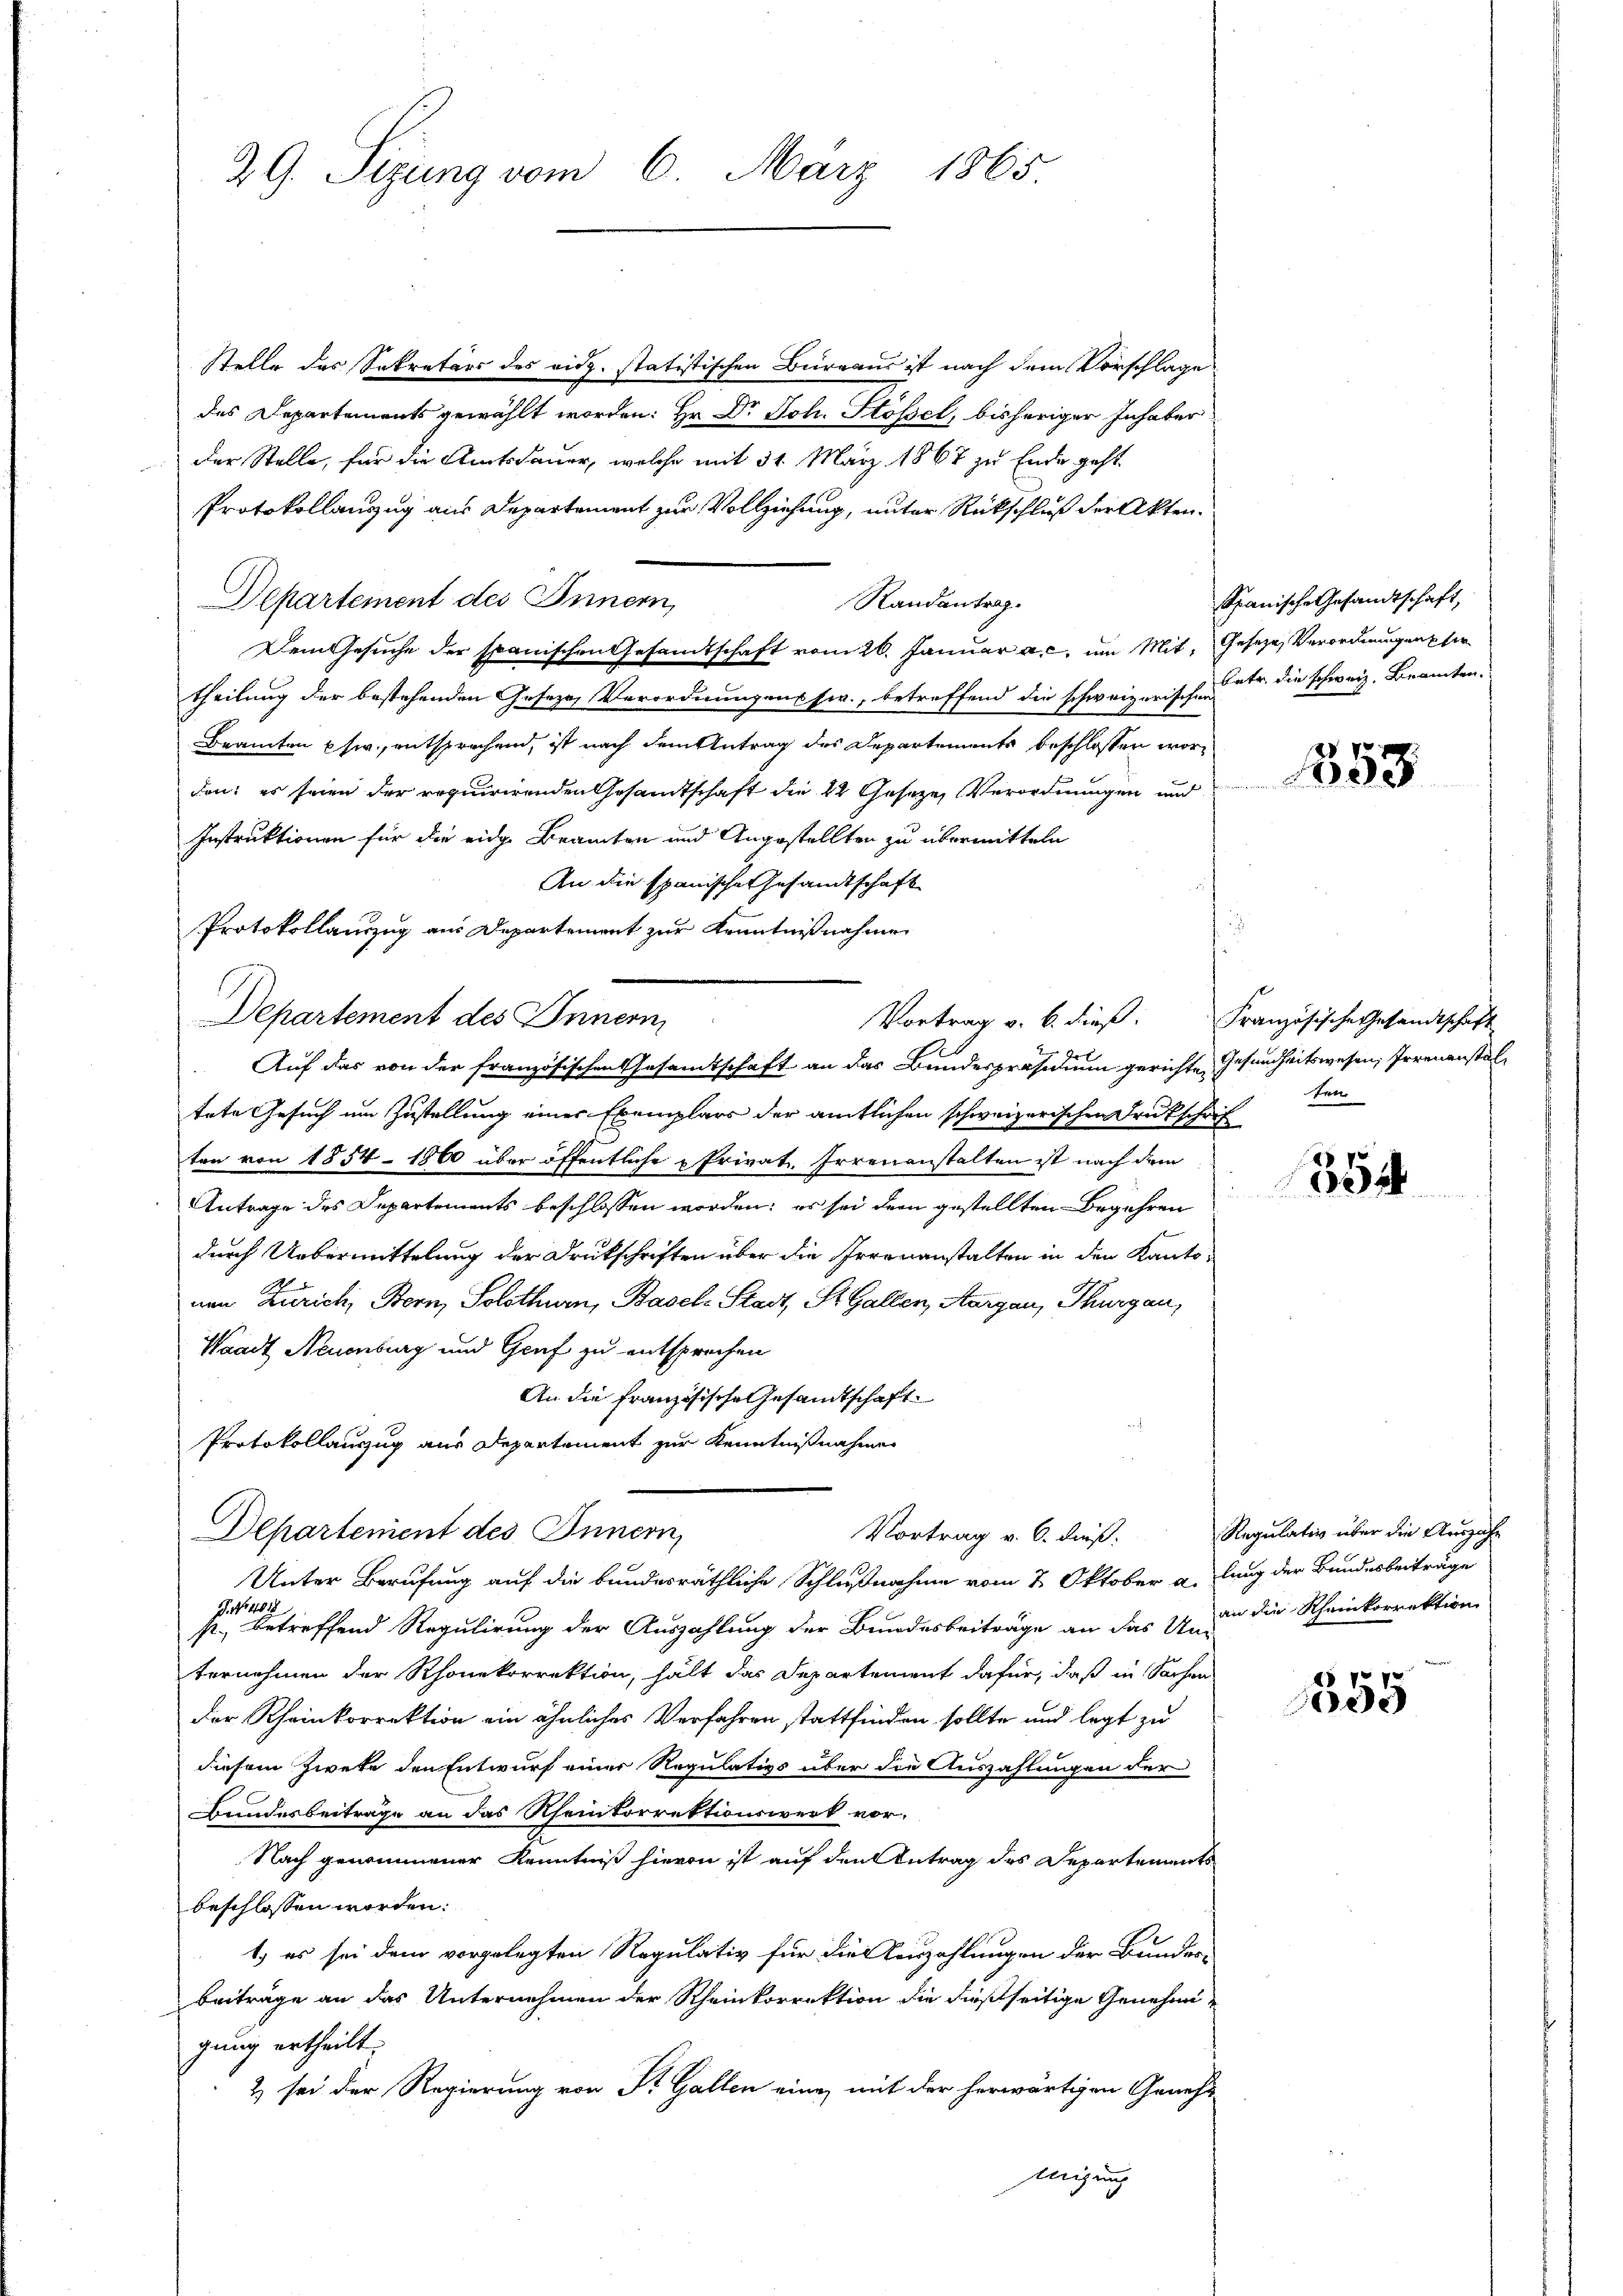
29. Sizung vom 6. März 1865.

Stelle des Sekretärs des eidg. statistischen Büreaus ist nach dem Vorschlage
des Departements gewählt worden: Hr. Dr Joh. Stößel, bisheriger Inhaber
der Stelle, für die Amtsdauer, welche mit 34. März 1867 zu Ende geht
Protokollauszug aus Departement zur Vollziehung, unter Rückschluß der Akten.
Departement des Innern,
Randantrag.
Dem Gesuche der spanischen Gesamtschaft vom 26. Januar a. c. um Mit, Gesetze, Verordnungen per
theilung der bestehenden Geseze, Verordnungens sie, betreffend die schweizerischetr. die schweiz. Beamten.
Beamten usw., entsprechend, ist nach dem Antrag des Departements beschlossen worden: es seien der requirirenden Gesandtschaft die 2 Geseze, Verordnungen und
Instruktionen für die eidge Beamten und Angestellten zu übermitteln
An die spanische Gesandtschaft
Protokollanzug aus Departement zur Kenntnißnahmen
Departement des Innen,
tete Gesuch um Zustellung einer Exemplars der amtlichen schweizerischen Druckschrif
ten von 1854 - 1860 über öffentliche Privat, Irrenanstalten ist nach dem
Antrage des Departements beschlossen worden; es sei der gestellten Begehren
durch Uebermittelung der Druckschriften über die Irrenanstalten in den Kantonen Zürich, Bern, Solothurn, Basel-Stadt, St. Gallen, Aargau, Thurgau,
Waadt Neuenburg und Graf zu entsprochen
An die französische Gesandtschaft.
Protokollauszug aus Departement zur Kenntnißnahme
Departement des Innern,
Vortrag v. 6. dieß:
Unter Berufung auf die bundesräthliche Schlußnahme vom 2. Oktober a. lung der Bundesbeiträge
. N. 11018
s., betreffend Regulirung der Auszahlung der Bundesbeiträge an das 14 an die Rheinkorrektion
ternehmen der Rhonekorrektion, hält das Departement dafür, daß in Sachen
der Rheinkorrektion ein ähnliches Verfahren stattfinden sollte und legt zu
diesem Zwecke den Entwurf einer Regulativs über die Auszahlungen der
Bundesbeiträge an das Rheinkorrektionswerk vor¬
Nach genommener Kenntniß hievon ist auf den Antrag des Departenants
beschlossen worden:
1.) es sei dem vorgelegten Regulativ für die Verzahlungen der Bundes-
Beiträge an das Unternehmen der Rheinkorrektion die dießseitige Genehmi-
gung ertheilt.
2 sei der Regierung von Dr. Gallen eine mit der herwärtigen Geneh-
migung

Vortrag v. 6. dieß: Französische Gesandtschaft
Auf das von der französischen Gesamtschaft an das Bundespräsidium gerichte Gesundheitswesen, Irrenanstal¬

Spanische Gesandtschaft,

.

1853

ten

354

Regulativ über die Auszah¬

555